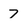
Character: 7